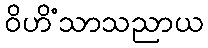
ဝိဟိံသာသညာယ